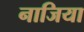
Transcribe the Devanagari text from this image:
नाजिया